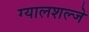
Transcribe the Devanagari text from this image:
ग्यालशल्जे